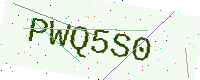
Text: PWQ5S0